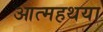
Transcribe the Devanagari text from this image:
आत्महथया